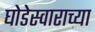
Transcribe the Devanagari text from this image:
घोडेस्वाराच्या